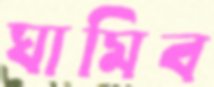
ঘামিব